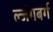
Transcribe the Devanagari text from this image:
ल्जंगबर्ग